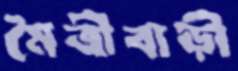
মৈত্রীবাড়ী